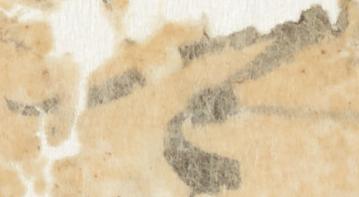
可